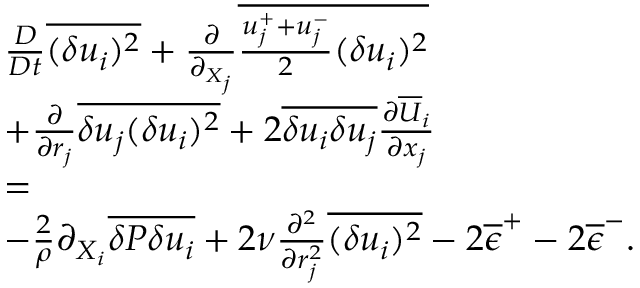
\begin{array} { r l r } & { \frac { D } { D t } \overline { { ( \delta u _ { i } ) ^ { 2 } } } + \frac { \partial } { \partial _ { X _ { j } } } \overline { { \frac { u _ { j } ^ { + } + u _ { j } ^ { - } } { 2 } ( \delta u _ { i } ) ^ { 2 } } } } & \\ & { + \frac { \partial } { \partial { r _ { j } } } \overline { { \delta u _ { j } ( \delta u _ { i } ) ^ { 2 } } } + 2 \overline { { \delta u _ { i } \delta u _ { j } } } \frac { \partial \overline { { U } } _ { i } } { \partial x _ { j } } } & \\ & { = } & \\ & { - \frac { 2 } { \rho } \partial _ { X _ { i } } \overline { { \delta P \delta u _ { i } } } + 2 \nu \frac { \partial ^ { 2 } } { \partial r _ { j } ^ { 2 } } \overline { { ( \delta u _ { i } ) ^ { 2 } } } - 2 \overline { { \epsilon } } ^ { + } - 2 \overline { { \epsilon } } ^ { - } . } & \end{array}